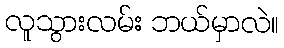
လူသွားလမ်း ဘယ်မှာလဲ။